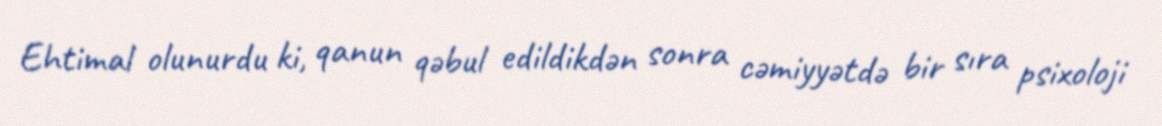
Ehtimal olunurdu ki, qanun qəbul edildikdən sonra cəmiyyətdə bir sıra psixoloji